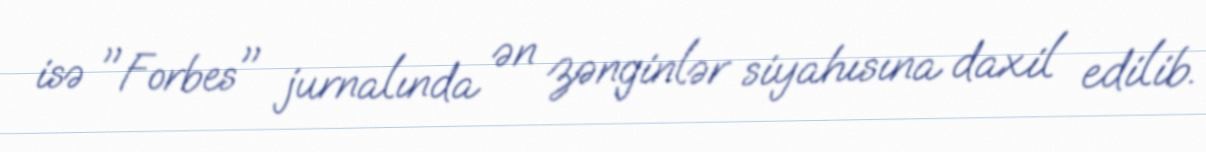
isə "Forbes" jurnalında ən zənginlər siyahısına daxil edilib.